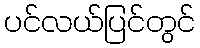
ပင်လယ်ပြင်တွင်